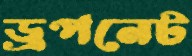
ড্রপনেট